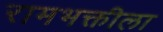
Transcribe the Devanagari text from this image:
रामभक्तीला